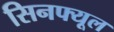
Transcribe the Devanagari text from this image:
सिनफ्यूल